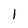
Character: 1